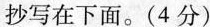
抄写在下面。(4分)